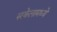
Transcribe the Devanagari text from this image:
रुरकेलामध्ये